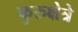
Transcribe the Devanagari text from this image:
कुरुक्षेत्रे